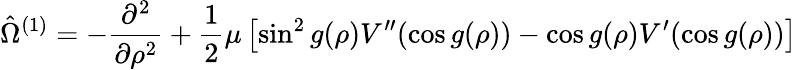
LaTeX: \hat{\Omega}^{(1)}=-\frac{\partial^{2}}{\partial\rho^{2}}+\frac 12\mu\left[\sin^{2}g(\rho)V^{\prime\prime}(\cos g(\rho))-\cos g(\rho)V^{\prime}(\cos g(\rho))\right]